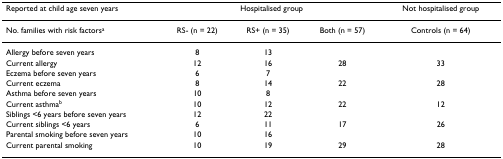
| Reported at child age seven years | <COLSPAN=3> Hospitalised group | Not hospitalised group |
 | --- | --- | --- | --- | --- |
 | No. families with risk factorsa | RS- (n = 22) | RS+ (n = 35) | Both (n = 57) | Controls (n = 64) |
 | Allergy before seven years | 8 | 13 |  |  |
 | Current allergy | 12 | 16 | 28 | 33 |
 | Eczema before seven years | 6 | 7 |  |  |
 | Current eczema | 8 | 14 | 22 | 28 |
 | Asthma before seven years | 10 | 8 |  |  |
 | Current asthmab | 10 | 12 | 22 | 12 |
 | Siblings <6 years before seven years | 12 | 22 |  |  |
 | Current siblings <6 years | 6 | 11 | 17 | 26 |
 | Parental smoking before seven years | 10 | 16 |  |  |
 | Current parental smoking | 10 | 19 | 29 | 28 |